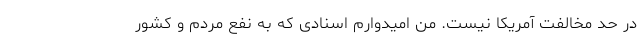
در حد مخالفت آمریکا نیست. من امیدوارم اسنادی که به نفع مردم و کشور